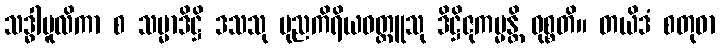
သဒ္ဓါမူလိကာ စ သမ္မာဒိဋ္ဌိ ဒသသု ပုညကိရိယဝတ္ထူသု ဒိဋ္ဌိဇုကမ္မန္တိ ဝုစ္စတိ။ တယိဒံ စတုဓာ